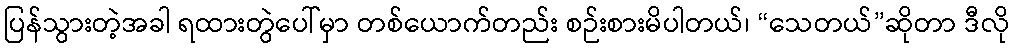
ပြန်သွားတဲ့အခါ ရထားတွဲပေါ်မှာ တစ်ယောက်တည်း စဉ်းစားမိပါတယ်၊ “သေတယ်”ဆိုတာ ဒီလို